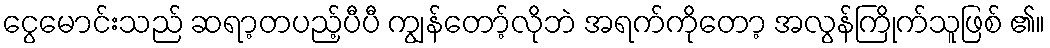
ငွေမောင်းသည် ဆရာ့တပည့်ပီပီ ကျွန်တော့်လိုဘဲ အရက်ကိုတော့ အလွန်ကြိုက်သူဖြစ် ၏။